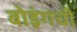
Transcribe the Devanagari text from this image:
बोइंगची